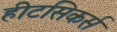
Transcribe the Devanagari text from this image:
हीटसिकर्स